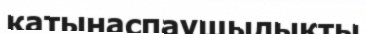
қатынаспаушылықты